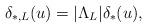
LaTeX: \begin{align*} \delta_{*,L}( u ) = |\Lambda_L| \delta_*(u),\end{align*}